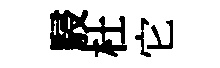
駸杜它